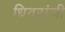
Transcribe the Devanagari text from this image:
धिवरांची